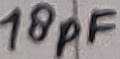
Text: 18pF